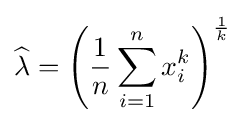
{\widehat {\lambda }}=\left({\frac {1}{n}}\sum _{i=1}^{n}x_{i}^{k}\right)^{\frac {1}{k}}